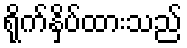
ရိုက်နှိပ်ထားသည်